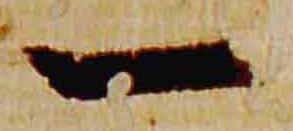
一